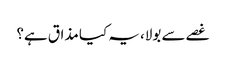
غصے سے بولا، یہ کیا مذاق ہے؟